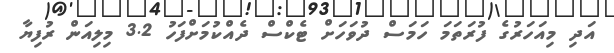
އަދި މިއަހަރުގެ ފުރަތަމަ ހަމަސް ދުވަހަށް ޓެކްސް ދެއްކުމަށްފަހު 3.2 މިލިއަން ރުފިޔާ